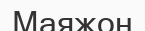
Маяжон